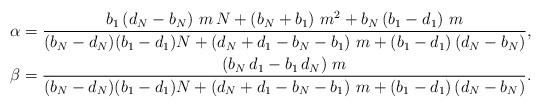
LaTeX: \begin{align*} & \alpha=\frac{b_1\left( d_N-b_N\right) \,m\,N+\left( b_N+b_1\right) \,{m}^{2}+b_N\left( b_1-d_1\right) \,m}{(b_N-d_N)(b_1-d_1)N+\left( d_N+d_1-b_N-b_1\right) \,m+\left( b_1-d_1\right)(d_N-b_N) }, \\ & \beta=\frac{\left( b_N\,d_1-b_1\,d_N\right) \,m}{(b_N-d_N)(b_1-d_1)N+\left( d_N+d_1-b_N-b_1\right) \,m+\left( b_1-d_1\right)(d_N-b_N)}.\end{align*}